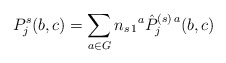
\begin{align*}P_j^s(b,c) = \sum_{a\in G} n_{s\,1}{}^{a}\hat P_j^{(s)\,a}(b,c)\end{align*}